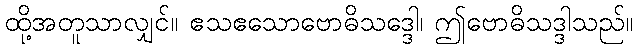
ထို့အတူသာလျှင်။ ဧသဧသောဗောဓိသဒ္ဒေါ၊ ဤဗောဓိသဒ္ဒါသည်။